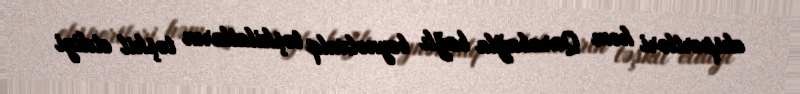
ekspertləri həm Qarabağla bağlı beynəlxalq təşkilatların təşkil etdiyi